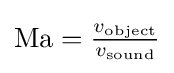
\mathrm {Ma} ={\tfrac {v_{\text{object}}}{v_{\text{sound}}}}